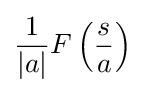
{\frac {1}{|a|}}F\left({s \over a}\right)